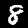
Label: 8